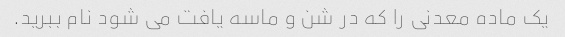
یک ماده معدنی را که در شن و ماسه یافت می شود نام ببرید.